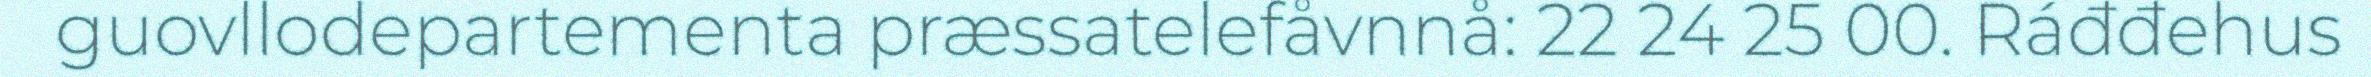
guovllodepartementa præssatelefåvnnå: 22 24 25 00. Ráđđehus